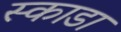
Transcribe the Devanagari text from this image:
स्काडा